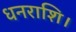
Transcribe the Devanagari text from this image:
धनराशि।